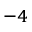
^ { - 4 }